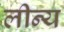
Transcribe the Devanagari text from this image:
लीन्य